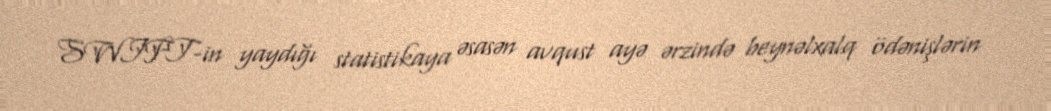
SWIFT-in yaydığı statistikaya əsasən avqust ayə ərzində beynəlxalq ödənişlərin